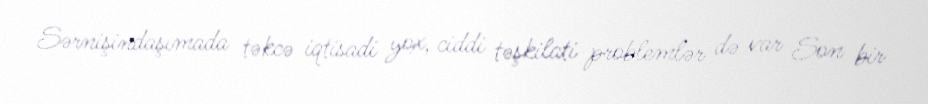
Sərnişindaşımada təkcə iqtisadi yox, ciddi təşkilati problemlər də var Son bir